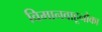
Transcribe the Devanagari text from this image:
विमानवाहूनौका